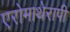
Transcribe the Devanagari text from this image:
एरोमाथेरापी